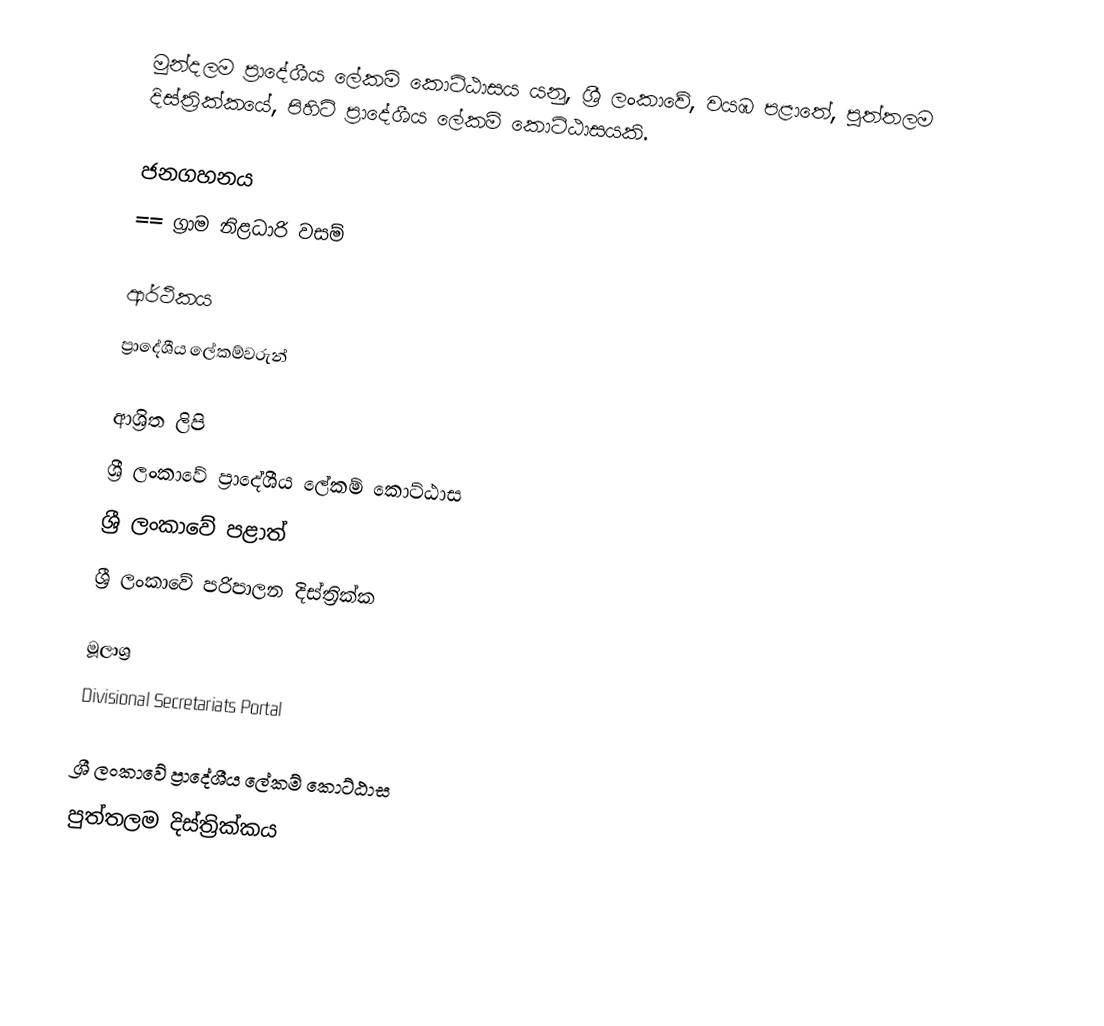
මුන්දලම ප්‍රාදේශීය ලේකම් කොට්ඨාසය යනු,  ශ්‍රී ලංකාවේ, වයඹ පළාතේ,   පුත්තලම දිස්ත්‍රික්කයේ, පිහිටි ප්‍රාදේශීය ලේකම් කොට්ඨාසයකි.

ජනගහනය
== ග්‍රාම නිළධාරි වසම්

ආර්ථිකය
ප්‍රාදේශීය ලේකම්වරුන්

ආශ්‍රිත ලිපි
ශ්‍රී ලංකාවේ ප්‍රාදේශීය ලේකම් කොට්ඨාස
ශ්‍රී ලංකාවේ පළාත්
ශ්‍රී ලංකාවේ පරිපාලන දිස්ත්‍රික්ක

මූලාශ්‍ර
 Divisional Secretariats Portal

ශ්‍රී ලංකාවේ ප්‍රාදේශීය ලේකම් කොට්ඨාස
පුත්තලම දිස්ත්‍රික්කය